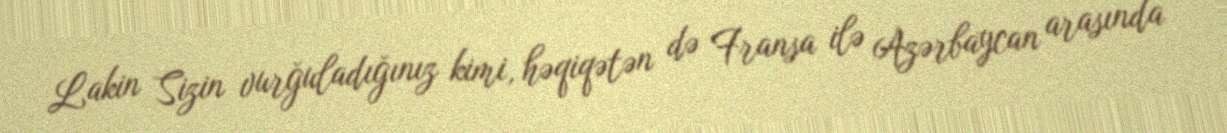
Lakin Sizin vurğuladığınız kimi, həqiqətən də Fransa ilə Azərbaycan arasında